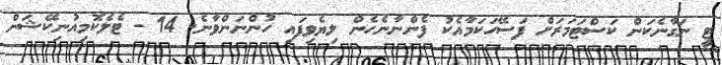
ޓީ ނަގާނެކަން ކަސްޓަމަރަށް ފަސޭހަކަމާއެކު ފެންނާނެހެން ލިޔެވިފައި ހުންނަންވާނެ. 14 - ޓެލެކޮމިއުނިކޭޝަން